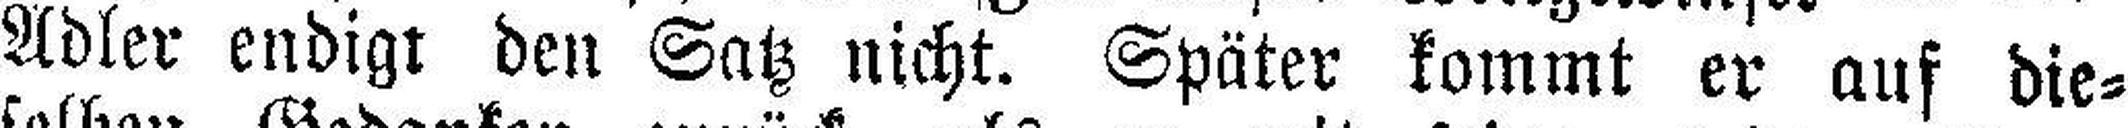
Adler endigt den Satz nicht. Später kommt er auf die¬